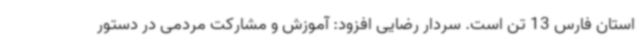
استان فارس 13 تن است. سردار رضایی افزود: آموزش و مشارکت مردمی در دستور